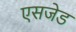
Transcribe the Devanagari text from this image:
एसजेड